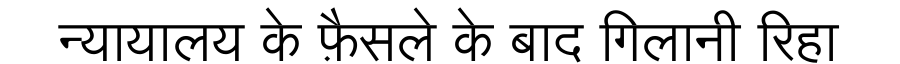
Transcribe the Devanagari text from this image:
न्यायालय के फ़ैसले के बाद गिलानी रिहा